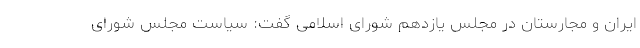
ایران و مجارستان در مجلس یازدهم شورای اسلامی گفت: سیاست مجلس شورای